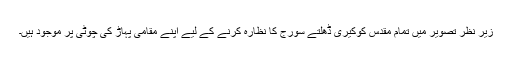
زیر نظر تصویر میں تمام مقدس کوکیری ڈھلتے سورج کا نظارہ کرنے کے لیے اپنے مقامی پہاڑ کی چوٹی پر موجود ہیں۔